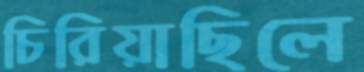
চিরিয়াছিলে